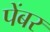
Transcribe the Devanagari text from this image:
पेंबर